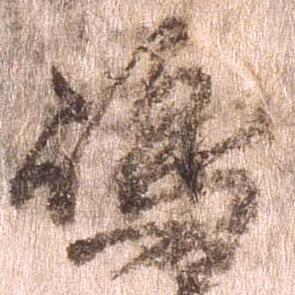
島